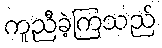
ကူညီခဲ့ကြသည်